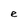
Character: e